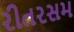
રીતરસમ